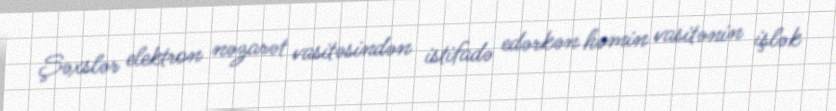
Şəxslər elektron nəzarət vasitəsindən istifadə edərkən həmin vasitənin işlək